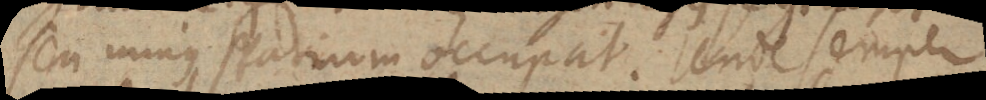
seu minus spatium occupat. Unde semper